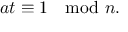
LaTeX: a t \equiv 1 \mod n .